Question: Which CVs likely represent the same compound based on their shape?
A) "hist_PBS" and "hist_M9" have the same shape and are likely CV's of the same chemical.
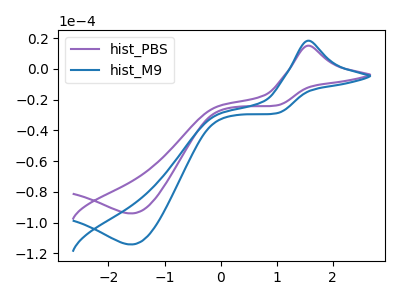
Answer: <think>The purple curve "hist_PBS" has an anodic peak at (1.55V, 15.05uA) and a cathodic peak at (-1.60V, -94.00uA). The blue curve "hist_M9" has an anodic peak at (1.55V, 18.30uA) and a cathodic peak at (-1.60V, -114.15uA).
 All the peaks in "hist_PBS" have a peak in "hist_M9" at the same potential. Every peak in "hist_PBS" is lower than every peak in "hist_M9".</think>
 <answer>A) "hist_PBS" and "hist_M9" have the same shape and are likely CV's of the same chemical.</answer>
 <eval>A</eval>